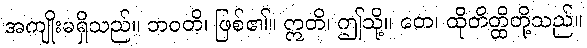
အကျိုးမရှိသည်။ ဘဝတိ၊ ဖြစ်၏။ ဣတိ၊ ဤသို့။ တေ၊ ထိုတိတ္ထိတို့သည်။